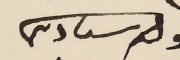
ولد سىادىكم